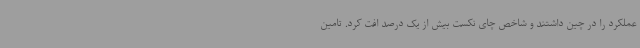
عملکرد را در چین داشتند و شاخص چای نکست بیش از یک درصد افت کرد. تامین